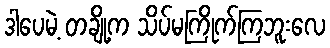
ဒါပေမဲ့ တချို့က သိပ်မကြိုက်ကြဘူးလေ